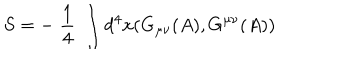
S = - \; \frac { 1 } { 4 } \; \int d ^ { 4 } x ( G _ { \mu \nu } ( A ) , G ^ { \mu \nu } ( A ) )